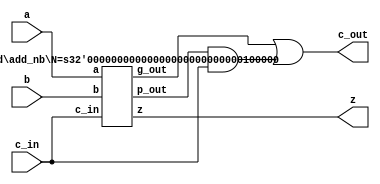

module adder #( parameter N = 32 ) ( 
      input    wire  [N-1:0]   a,
      input    wire  [N-1:0]   b,
      input    wire            c_in,
      output   wire  [N-1:0]   z,
      output   wire            c_out
);      

`ifdef SIM
   assign   { c_out, z } = { 1'b0, a } + { 1'b0, b } + c_in ; 

`else
   wire g, p ; 

   add_nb #( N ) add_nb_inst  (
         .a ( a ),
         .b ( b ),
         .c_in ( c_in ),
         .z ( z ),
         .g_out ( g ),
         .p_out ( p ) 
   ) ; 

   assign c_out   =  g | p & c_in ; 
`endif

endmodule 


module add_1b ( 
   input    wire  a,
   input    wire  b,
   input    wire  c,
   output   wire  z,
   output   wire  g, 
   output   wire  p 
);      

   assign z = a ^ b ^ c ;
   assign g = a & b ; 
   assign p = a | b ; 

endmodule


module gp_gen (
   input    wire [1:0]  g,
   input    wire [1:0]  p,
   input    wire        c_in,
   output   wire        c_out,
   output   wire        g_out, 
   output   wire        p_out 
);      

   assign g_out   =  g[1] | p[1] & g[0] ; 
   assign p_out   =  p[1] & p[0] ; 
   assign c_out   =  g[0] | p[0] & c_in ; 
  
endmodule

/*
module add_2b (
   input    wire [1:0]  a,
   input    wire [1:0]  b,
   input    wire        c_in,
   output   wire [1:0]  z,
   output   wire        g_out, 
   output   wire        p_out, 
);      

   wire [1:0] g, p ; 
   wire [1:0] c;
   wire c_out; 

   assign c[0] = c_in ; 
   assign c[1] = c_out ; 

   add_1b add_1b_0 (
         .a ( a[0] ),
         .b ( b[0] ),
         .c ( c[0] ),
         .z ( z[0] ),
         .g ( g[0] ),
         .p ( p[0] ) 
   ) ; 


   add_1b add_1b_1 (
         .a ( a[1] ),
         .b ( b[1] ),
         .c ( c[1] ),
         .z ( z[1] ),
         .g ( g[1] ),
         .p ( p[1] ) 
   ) ; 

   gp_gen gp_gen_inst (
         .g     ( g     ),
         .p     ( p     ),
         .c_in  ( c_in  ),
         .c_out ( c_out ),
         .g_out ( g_out ),
         .p_out ( p_out ) 
   ) 

endmodule 


module add_4b (
   input    wire [3:0]  a,
   input    wire [3:0]  b,
   input    wire        c_in,
   output   wire [3:0]  z,
   output   wire        g_out, 
   output   wire        p_out, 
);      

   wire [1:0] g, p ; 
   wire [1:0] c;
   wire c_out; 

   assign c[0] = c_in ; 
   assign c[1] = c_out ; 

   add_2b add_2b_0 (
         .a ( a[1:0] ),
         .b ( b[1:0] ),
         .c ( c[0] ),
         .z ( z[1:0] ),
         .g ( g[0] ),
         .p ( p[0] ) 
   ) ; 


   add_2b add_2b_1 (
         .a ( a[3:2] ),
         .b ( b[2:2] ),
         .c ( c[1] ),
         .z ( z[3:2] ),
         .g ( g[1] ),
         .p ( p[1] ) 
   ) ; 

   gp_gen gp_gen_inst (
         .g     ( g     ),
         .p     ( p     ),
         .c_in  ( c_in  ),
         .c_out ( c_out ),
         .g_out ( g_out ),
         .p_out ( p_out ) 
   ) 

endmodule 
*/

module add_nb #( parameter N = 32 ) (
   input    wire [ N-1 : 0 ]  a,
   input    wire [ N-1 : 0 ]  b,
   input    wire              c_in,
   output   wire [ N-1 : 0 ]  z,
   output   wire              g_out, 
   output   wire              p_out 
);      

   localparam N_DIV_2 = N / 2 ;

   wire [ 1 : 0] g, p ; 
   wire [ 1 : 0] c;
   wire c_out; 

   assign c[0] = c_in ; 
   assign c[1] = c_out ; 

generate 
   if ( N == 2 ) begin  

      add_1b add_1b_0 (
            .a ( a[0] ),
            .b ( b[0] ),
            .c ( c[0] ),
            .z ( z[0] ),
            .g ( g[0] ),
            .p ( p[0] ) 
      ) ; 


      add_1b add_1b_1 (
            .a ( a[1] ),
            .b ( b[1] ),
            .c ( c[1] ),
            .z ( z[1] ),
            .g ( g[1] ),
            .p ( p[1] ) 
      ) ; 

   end else begin  

      add_nb #( N_DIV_2 ) add_nb_0 (
            .a ( a[N_DIV_2-1:0] ),
            .b ( b[N_DIV_2-1:0] ),
            .c_in ( c[0] ),
            .z ( z[ N_DIV_2-1 : 0] ),
            .g_out ( g[0] ),
            .p_out ( p[0] ) 
      ) ; 

      add_nb #( N_DIV_2 ) add_nb_1 (
            .a ( a[ N-1 : N_DIV_2 ] ),
            .b ( b[ N-1 : N_DIV_2 ]  ),
            .c_in ( c[1] ),
            .z ( z[ N-1 : N_DIV_2]  ),
            .g_out ( g[1] ),
            .p_out ( p[1] ) 
      ) ; 

   end 

endgenerate 

   gp_gen gp_gen_inst (
         .g     ( g     ),
         .p     ( p     ),
         .c_in  ( c_in  ),
         .c_out ( c_out ),
         .g_out ( g_out ),
         .p_out ( p_out ) 
   ); 

endmodule